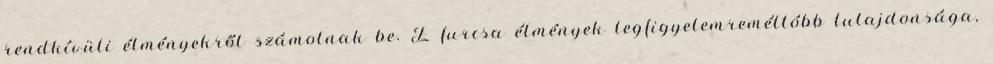
rendkívüli élményekről számolnak be. E furcsa élmények legfigyelemreméltóbb tulajdonsága,